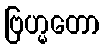
ဗြဟ္မတော